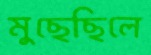
মুছেছিলে